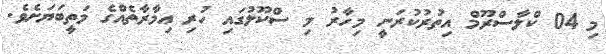
މި 04 ކްލާސްރޫމް އިތުރުކުރަނީ މިހާރު މި ސްކޫލުގައި ހުރި ޢިމާރާތެއްގެ މަތީބަޔަށެވެ.